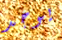
يوجد